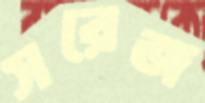
সরেজ